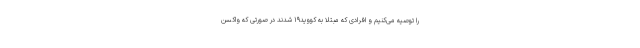
را توصیه می‌کنیم و افرادی که مبتلا به کووید۱۹ شدند در صورتی که واکسن